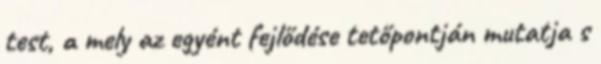
test, a mely az egyént fejlődése tetőpontján mutatja s